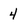
Character: 4